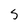
Character: S